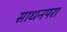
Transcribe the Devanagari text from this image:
साधनपरा